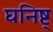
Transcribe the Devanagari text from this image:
घनिष्ट्